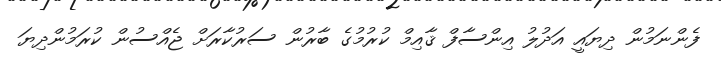
ފެންނަމުން ދިޔައީ އަދުލު އިންސާފް ޤާއިމް ކުރުމުގެ ބާރުން ސަރުކާރަށް ޖެއްސުން ކުރަމުންދިޔަ